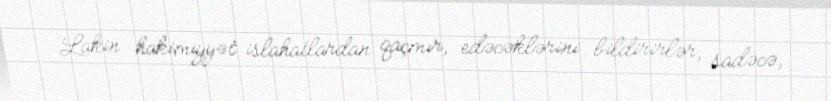
Lakin hakimiyyət islahatlardan qaçmır, edəcəklərini bildirirlər, sadəcə,